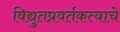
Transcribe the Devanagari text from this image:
विद्युतप्रवर्तकत्वाचे